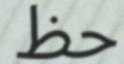
حظ